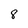
Character: 8